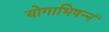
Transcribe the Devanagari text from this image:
योगाभिषन्नं